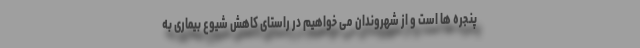
پنجره ها است و از شهروندان می خواهیم در راستای کاهش شیوع بیماری به